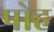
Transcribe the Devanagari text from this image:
पोह